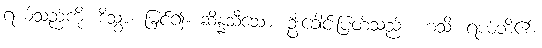
ရယ်သည်ကို။ ဒိသွာ၊ မြင်၍။ ဆိန္နသီသော၊ ဦးခေါင်းပြတ်သည်။ ဟသိ၊ ရယ်ဘိ၏။